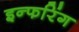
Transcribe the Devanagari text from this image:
इन्फरिंग